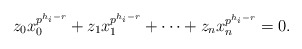
\begin{align*}z_0x_0^{p^{h_i-r}}+z_1x_1^{p^{h_i-r}}+\cdots+z_nx_n^{p^{h_i-r}}=0. \end{align*}